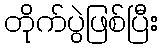
တိုက်ပွဲဖြစ်ပြီး